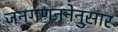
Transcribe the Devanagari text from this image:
जनगणननेनुसार